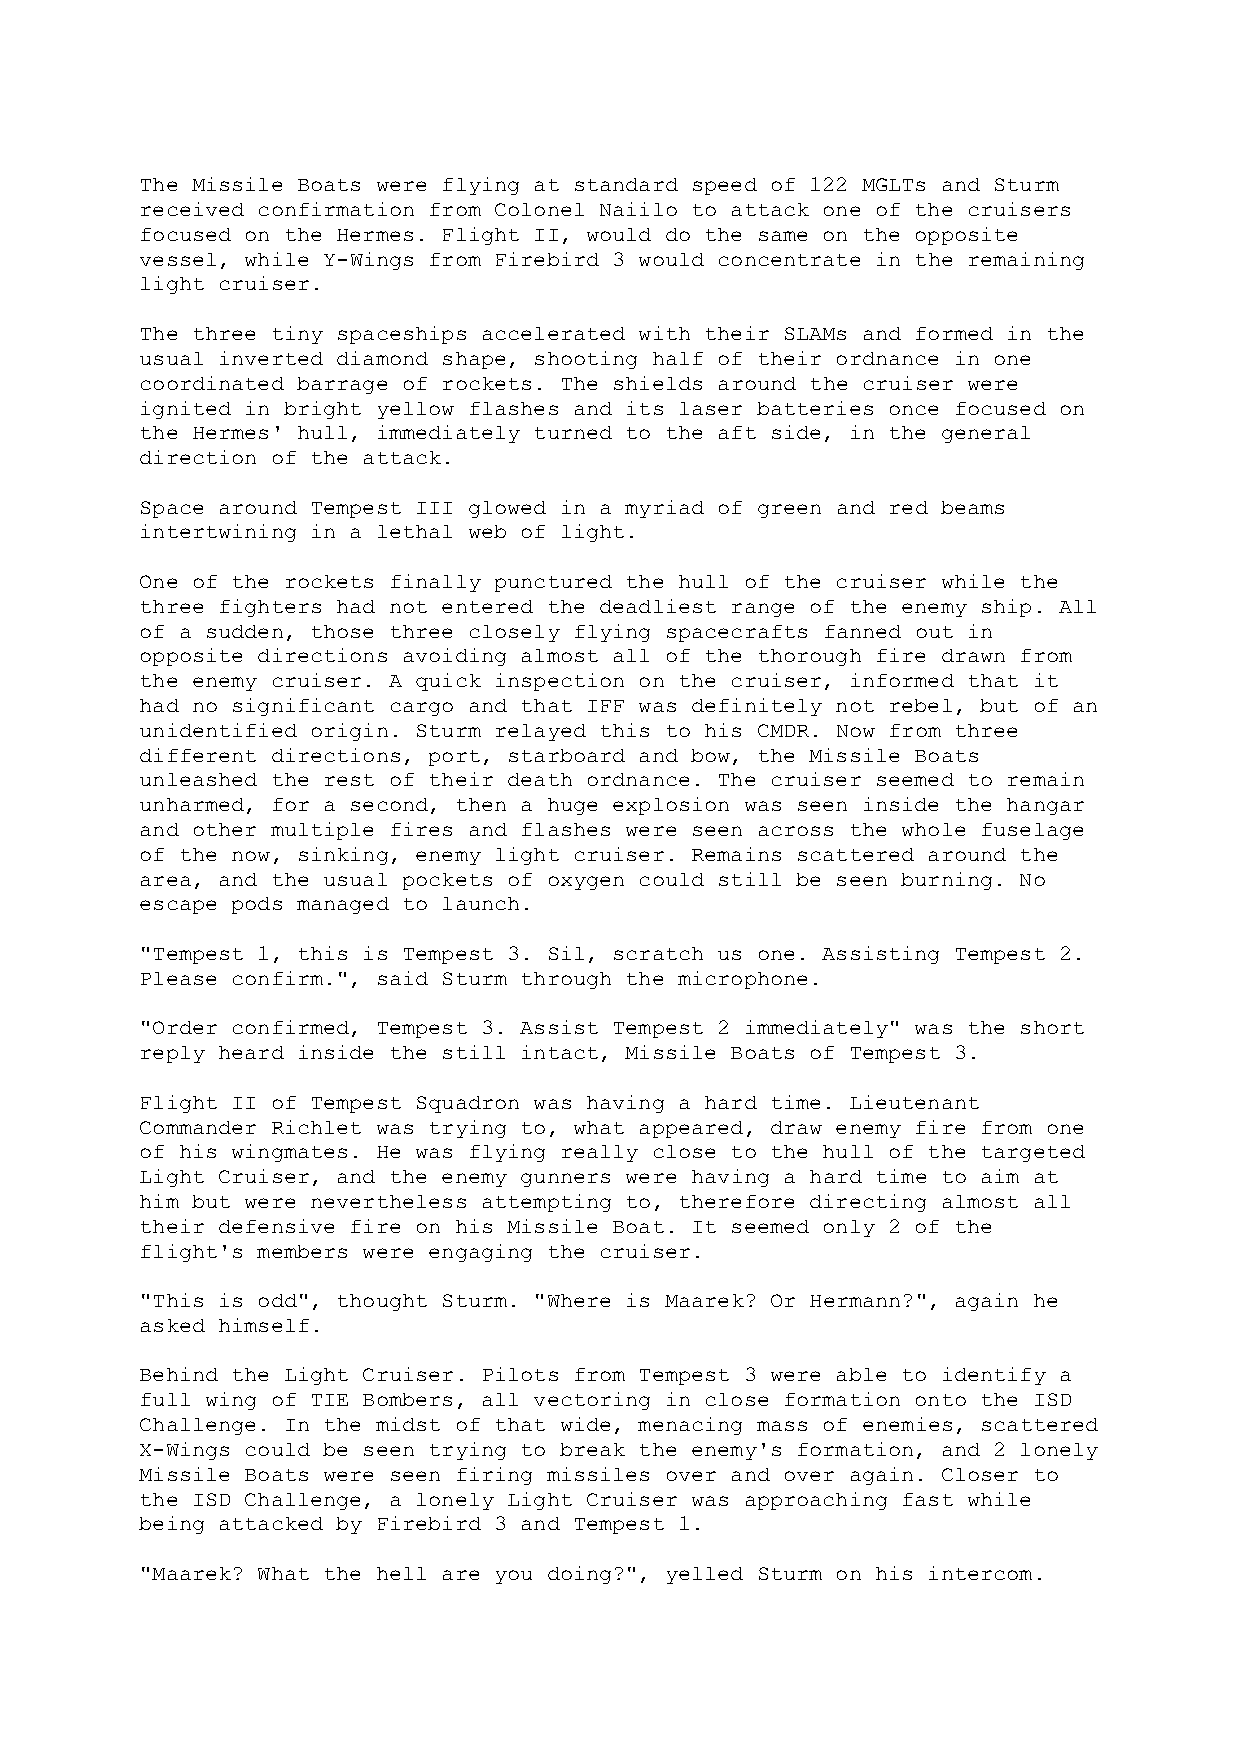
The Missile Boats were flying at standard speed of 122 MGLTs and Sturm
 received confirmation from Colonel Naiilo to attack one of the cruisers
 focused on the Hermes. Flight II, would do the same on the opposite
 vessel, while Y-Wings from Firebird 3 would concentrate in the remaining
 light cruiser.
 The three tiny spaceships accelerated with their SLAMs and formed in the
 usual inverted diamond shape, shooting half of their ordnance in one
 coordinated barrage of rockets. The shields around the cruiser were
 ignited in bright yellow flashes and its laser batteries once focused on
 the Hermes' hull, immediately turned to the aft side, in the general
 direction of the attack.
 Space around Tempest III glowed in a myriad of green and red beams
 intertwining in a lethal web of light.
 One of the rockets finally punctured the hull of the cruiser while the
 three fighters had not entered the deadliest range of the enemy ship. All
 of a sudden, those three closely flying spacecrafts fanned out in
 opposite directions avoiding almost all of the thorough fire drawn from
 the enemy cruiser. A quick inspection on the cruiser, informed that it
 had no significant cargo and that IFF was definitely not rebel, but of an
 unidentified origin. Sturm relayed this to his CMDR. Now from three
 different directions, port, starboard and bow, the Missile Boats
 unleashed the rest of their death ordnance. The cruiser seemed to remain
 unharmed, for a second, then a huge explosion was seen inside the hangar
 and other multiple fires and flashes were seen across the whole fuselage
 of the now, sinking, enemy light cruiser. Remains scattered around the
 area, and the usual pockets of oxygen could still be seen burning. No
 escape pods managed to launch.
 "Tempest 1, this is Tempest 3. Sil, scratch us one. Assisting Tempest 2.
 Please confirm.", said Sturm through the microphone.
 "Order confirmed, Tempest 3. Assist Tempest 2 immediately" was the short
 reply heard inside the still intact, Missile Boats of Tempest 3.
 Flight II of Tempest Squadron was having a hard time. Lieutenant
 Commander Richlet was trying to, what appeared, draw enemy fire from one
 of his wingmates. He was flying really close to the hull of the targeted
 Light Cruiser, and the enemy gunners were having a hard time to aim at
 him but were nevertheless attempting to, therefore directing almost all
 their defensive fire on his Missile Boat. It seemed only 2 of the
 flight's members were engaging the cruiser.
 "This is odd", thought Sturm. "Where is Maarek? Or Hermann?", again he
 asked himself.
 Behind the Light Cruiser. Pilots from Tempest 3 were able to identify a
 full wing of TIE Bombers, all vectoring in close formation onto the ISD
 Challenge. In the midst of that wide, menacing mass of enemies, scattered
 X-Wings could be seen trying to break the enemy's formation, and 2 lonely
 Missile Boats were seen firing missiles over and over again. Closer to
 the ISD Challenge, a lonely Light Cruiser was approaching fast while
 being attacked by Firebird 3 and Tempest 1.
 "Maarek? What the hell are you doing?", yelled Sturm on his intercom.